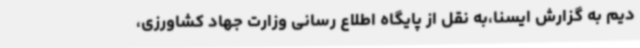
دیم به گزارش ایسنا،به نقل از پایگاه اطلاع رسانی وزارت جهاد کشاورزی،